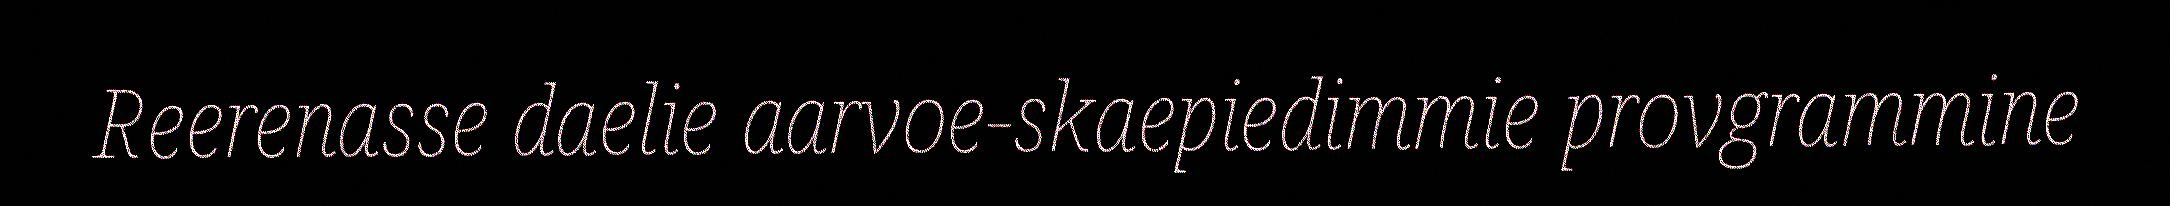
Reerenasse daelie aarvoe-skaepiedimmie provgrammine